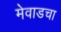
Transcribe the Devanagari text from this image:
मेवाडचा